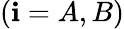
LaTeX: (\mathbf{i}=A,B)